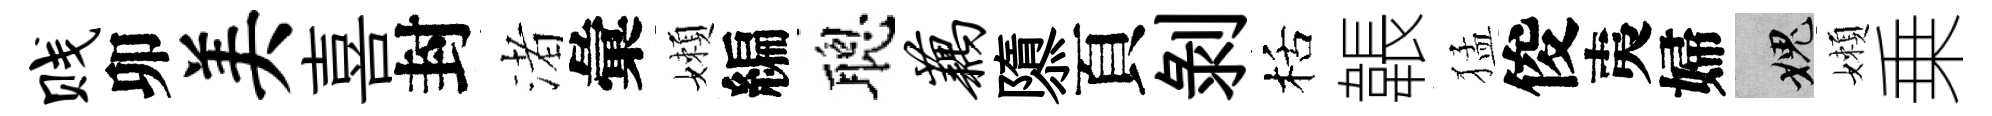
贱卯美喜封渚彙嬾編聰藕隳頁剝栝韔猛俊夷婦愧嬾乗